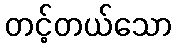
တင့်တယ်သော